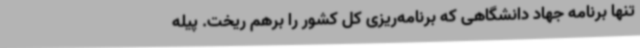
تنها برنامه جهاد دانشگاهی که برنامه‌ریزی کل کشور را برهم ریخت. پیله